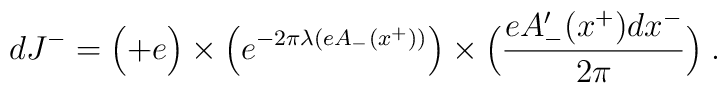
dJ^- = \Bigl( +e \Bigr) \times \Bigl(e^{-2\pi \lambda(e A_-(x^+))} \Bigr) \times \Bigl({e A_-^{\prime}(x^+) dx^- \over 2\pi}\Bigr) \; .